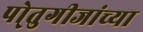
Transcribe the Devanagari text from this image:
पो्तुगीजांच्या